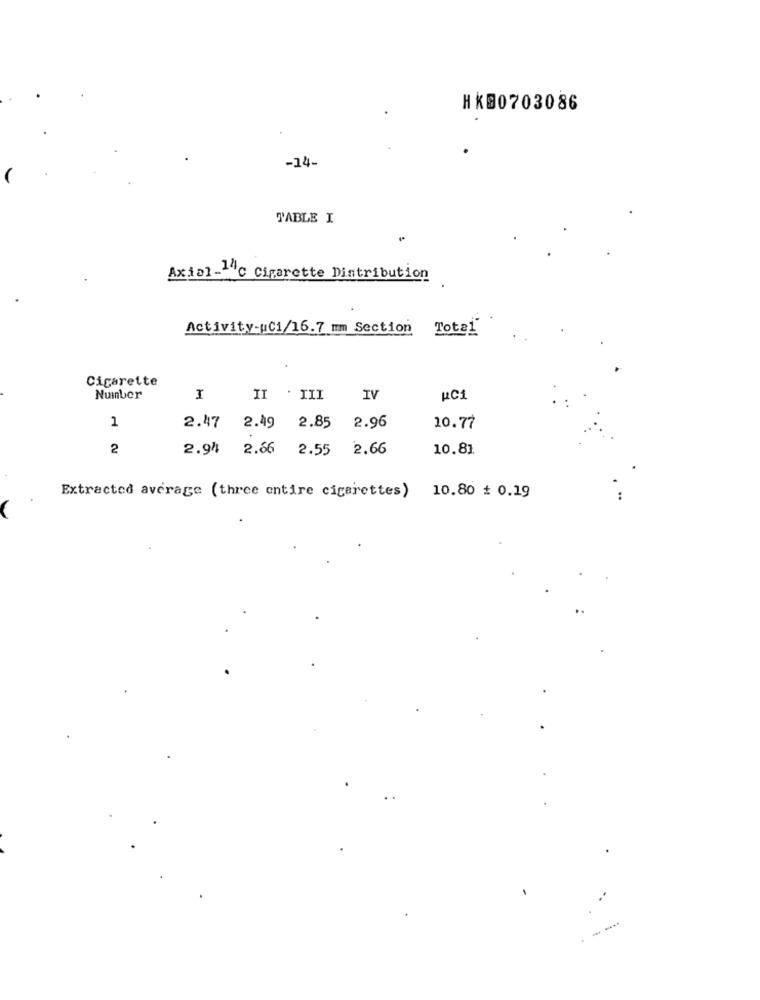
HKB0703086
-14-
TABLE I
Axial-1c Cigarette Distribution
Activity-uC1/16.7 mm Section
Total
Cigarette
Number
I
II . III
IV
RC1
1
2.47
2.85
2.49
2.96
10.77
2
2.94
2.66
2.55
2.66
10.81
Extracted average (three entire cigarettes) 10.80 # 0.19
..